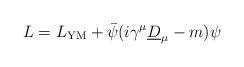
LaTeX: \begin{align*}L = L_{\rm YM} + \bar{\psi} (i \gamma^\mu\underline{D}_\mu - m) \psi\end{align*}